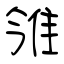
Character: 雂